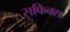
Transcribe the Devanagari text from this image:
सफिक्स